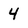
Character: 4